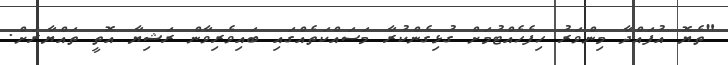
"ތެޔޮ އުފައްދާ މިންވަރު ހިފެހެއްޓުމަށް ގުޅިގެންކުރާ މަސައްކަތެއްގައި ބައިވެރިވާން ރަޝިޔާ އޮތީ ތައްޔާރަށް.